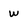
Character: w